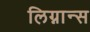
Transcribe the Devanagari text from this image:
लिग्नान्स